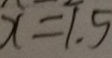
x = 1 . 5